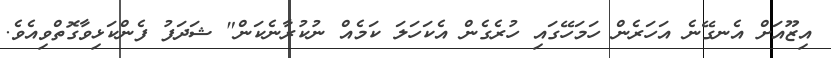
އިޒޫއަށް އެނގޭނެ އަހަރެން ހަމަހޭގައި ހުރެގެން އެކަހަލަ ކަމެއް ނުކުރާނެކަން" ޝަދަފު ފެންކަޅިވާގޮތްވިއެވެ.